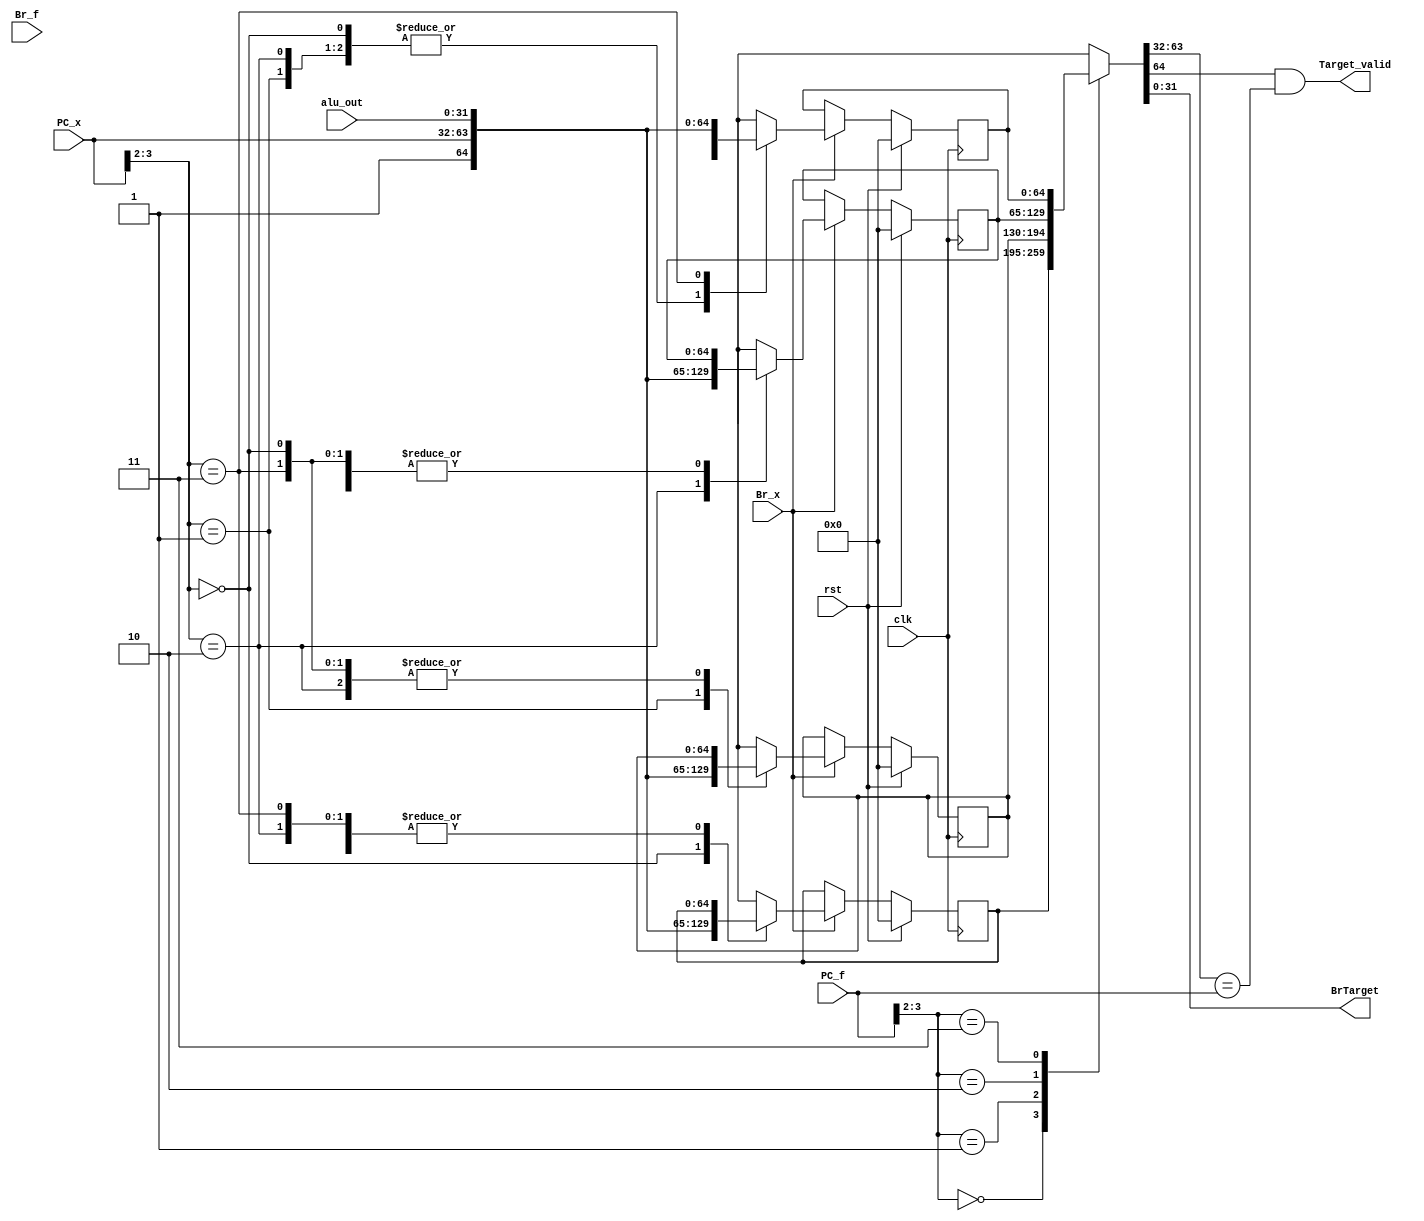
module BTB #(parameter AWIDTH=32, DWIDTH=32)
 (
	input				clk,
	input				rst,
	input				Br_x,
	input				Br_f,
	input		[AWIDTH-1:0]	PC_f,
	input		[AWIDTH-1:0]	PC_x,
	input		[AWIDTH-1:0]	alu_out,
	output				Target_valid,
	output 		[DWIDTH-1:0]	BrTarget
 );
	reg	[2*DWIDTH:0]	Targets[0:3];
	reg	[2*DWIDTH:0]	Entry;

// reading the table and finding target
 always@(*)
 begin
	case (PC_f[3:2])
	2'b00: 
		Entry = Targets[0];
	2'b01: 
		Entry = Targets[1];
	2'b10: 
		Entry = Targets[2];
	2'b11: 
		Entry = Targets[3];
	endcase
 end
// checking valid bit, Tag and if the fetched inst is branch type
	assign BrTarget = Entry[DWIDTH-1:0];
	assign Target_valid= Entry[2*DWIDTH]&&(Entry[2*DWIDTH-1:DWIDTH]==PC_f);
// writing target table on clock edge
 always@(posedge clk)
 begin
   if(rst) begin
		Targets[0] = 0; //clearing valid bit
		Targets[1] = 0; //clearing valid bit
		Targets[2] = 0; //clearing valid bit
		Targets[3] = 0; //clearing valid bit
	end
	else if(Br_x) // checking if executed inst is bracnh type: update the target table
	case (PC_x[3:2])
	2'b00: 
		Targets[0] = {1'b1,PC_x,alu_out};
	2'b01: 
		Targets[1] = {1'b1,PC_x,alu_out};
	2'b10: 
		Targets[2] = {1'b1,PC_x,alu_out};
	2'b11: 
		Targets[3] = {1'b1,PC_x,alu_out};
	endcase
 end

endmodule